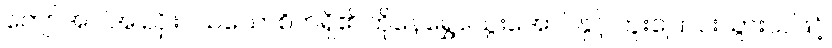
ကျော်အပါအ ညှိုးငယ်သောစိတ်ရှိ၏ ကိုနေရွှေသွေးအောင်နှင့် ကူးပြောင်းသွားသဖြင့်